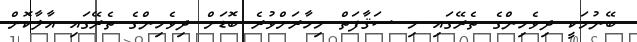
ބޭނުމަކީ ދިވެހިންގެ ތެރޭގައި މި ސަޤާފަތް މިހާރަށްވުރެ ބޮޑަށް ދިވެހިންގެ ތެރޭގައި އާލާކޮށް